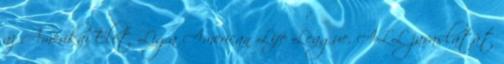
az Amerikai Élet Liga American Life League, ALL javaslatát